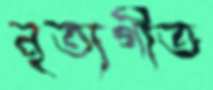
নৃত্যগীত